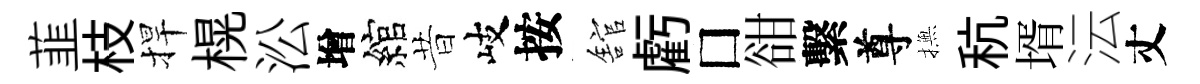
韮枝捍榥㳂增綰昔岐按舘虧□𧮳繫尊撫秔壻沄丈